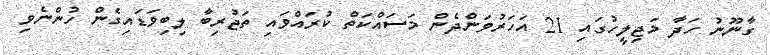
ގާނޫނު ހަދާ މަޖިލީހުގައި 21 އަހަރުވަންދެން މަސައްކަތް ކުރައްވައި ތަޖުރިބާ ލިބިވަޑައިގެން ހުންނެވި